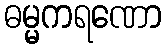
ဓမ္မကရဏော